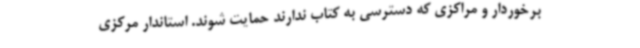
برخوردار و مراکزی که دسترسی به کتاب ندارند حمایت شوند. استاندار مرکزی